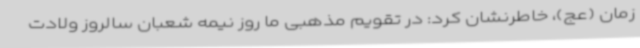
زمان (عج)، خاطرنشان کرد: در تقویم مذهبی ما روز نیمه شعبان سالروز ولادت